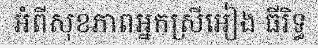
អំពីសុខភាពអ្នកស្រីអៀង ធីរិទ្ធ